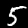
Digit: 5